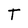
Character: T